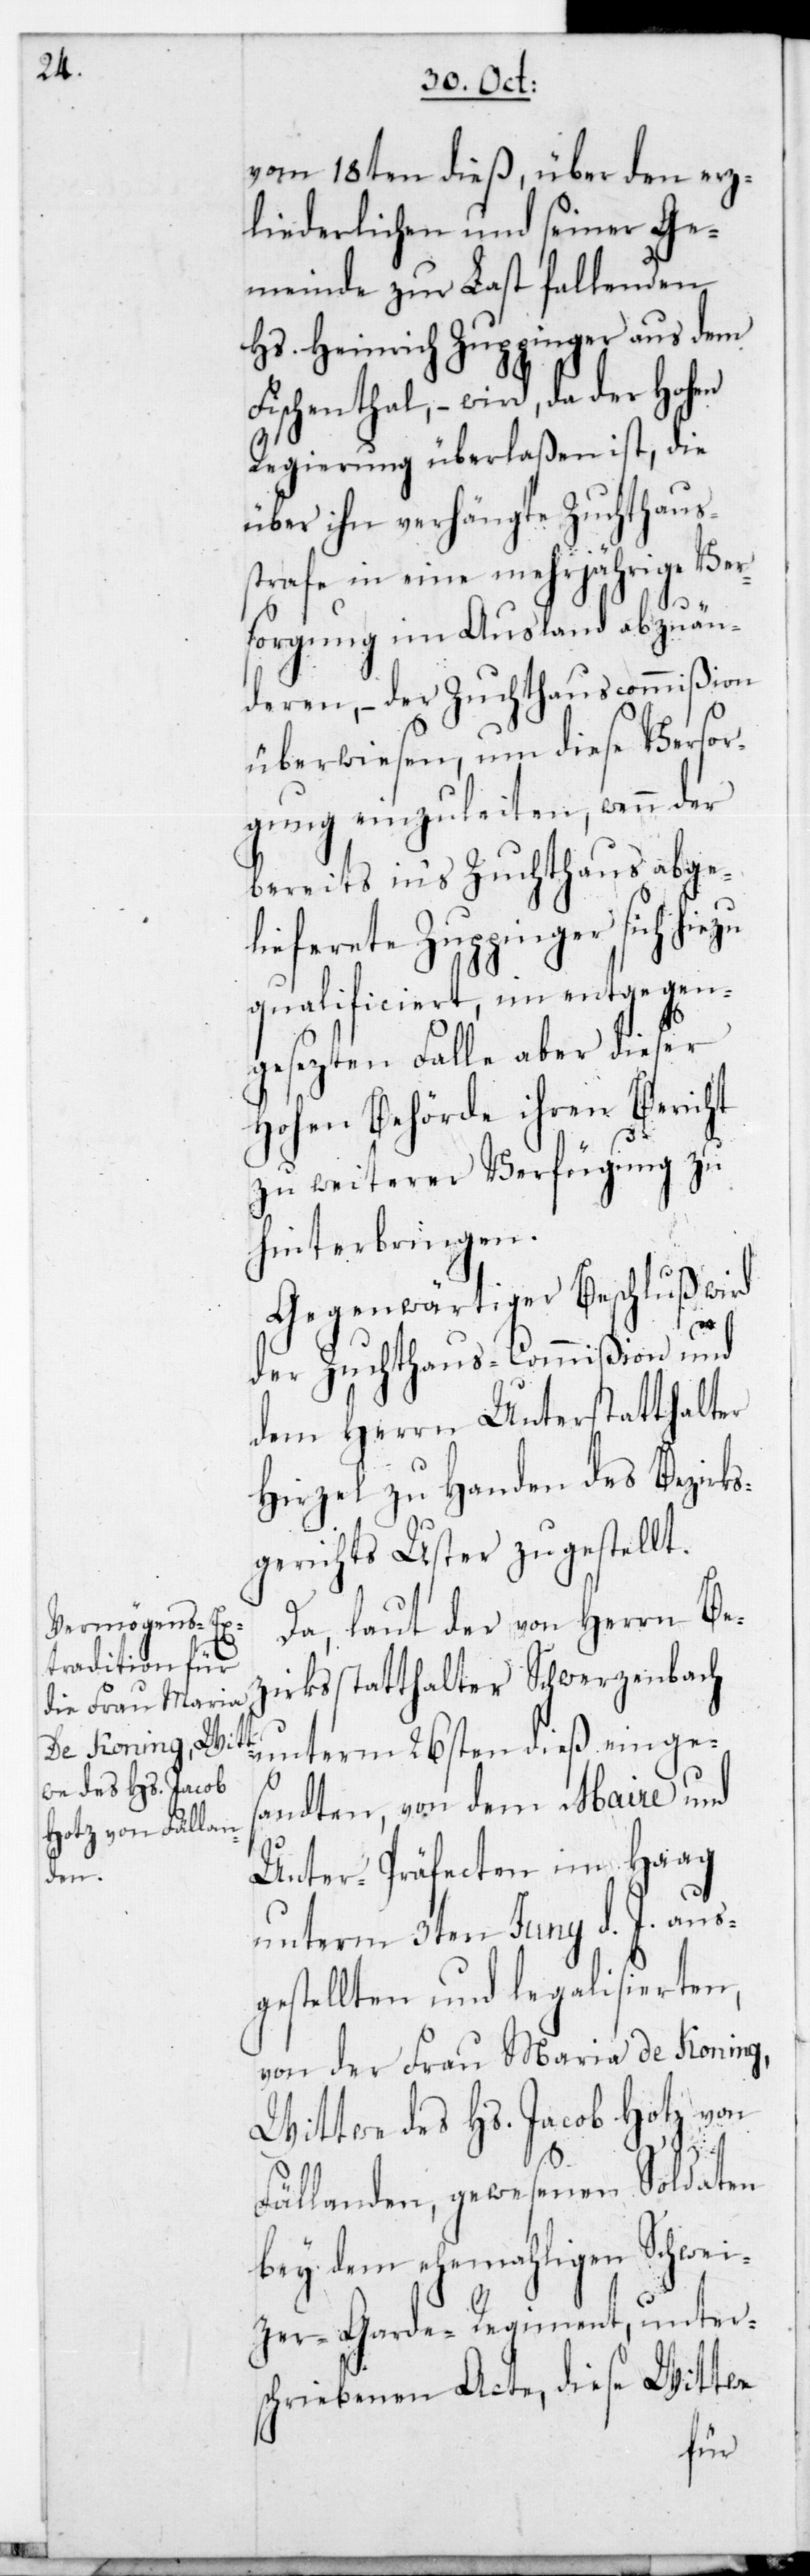
vom 18ten dieß, über den erz¬
liederlichen und seiner Ge¬
meinde zur Last fallenden
Hs. Heinrich Zuppinger aus dem
Fischenthal, – wird, da der Hohen
Regierung überlaßen ist, die
über ihn verhängte Zuchthaus¬
strafe in eine mehrjährige Ver¬
sorgung im Ausland abzuän¬
deren, – der Zuchthauscommißion
überwiesen, um diese Versor¬
gung einzuleiten, wenn der
bereits ins Zuchthaus abge¬
lieferete Zuppinger sich hiezu
qualificiert, im entgegen¬
gesetzten Falle aber dieser
Hohen Behörde ihren Bericht
zu weiterer Verfügung zu
hinterbringen.
Gegenwärtiger Beschluß wird
der Zuchthaus-Commißion und
dem Herrn Unterstatthalter
Hirzel zu Handen des Bezirks¬
gerichts Uster zugestellt.
Da laut der von Herrn Be¬
zirksstatthalter Schwerzenbach
unterm 26sten dieß einges¬
andten, von dem Maire und
Unter-Präfecten im Haag
unterm 3ten Junii d. J. aus¬
gestellten und legalisierten,
von der Frau Maria de Koning,
Wittwe des Hs. Jacob Hotz von
Fällanden, gewesenen Soldaten
bey dem ehemaligen Schwei¬
zer-Garde-Regiment, unter¬
schriebenen Acte, diese Wittwe